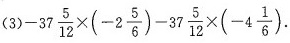
$$( 3 ) - 3 7 \frac { 5 } { 1 2 } \times ( - 2 \frac { 5 } { 6 } ) - 3 7 \frac { 5 } { 1 2 } \times ( - 4 \frac { 1 } { 6 } )$$.